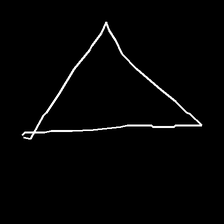
Glyph: convergence